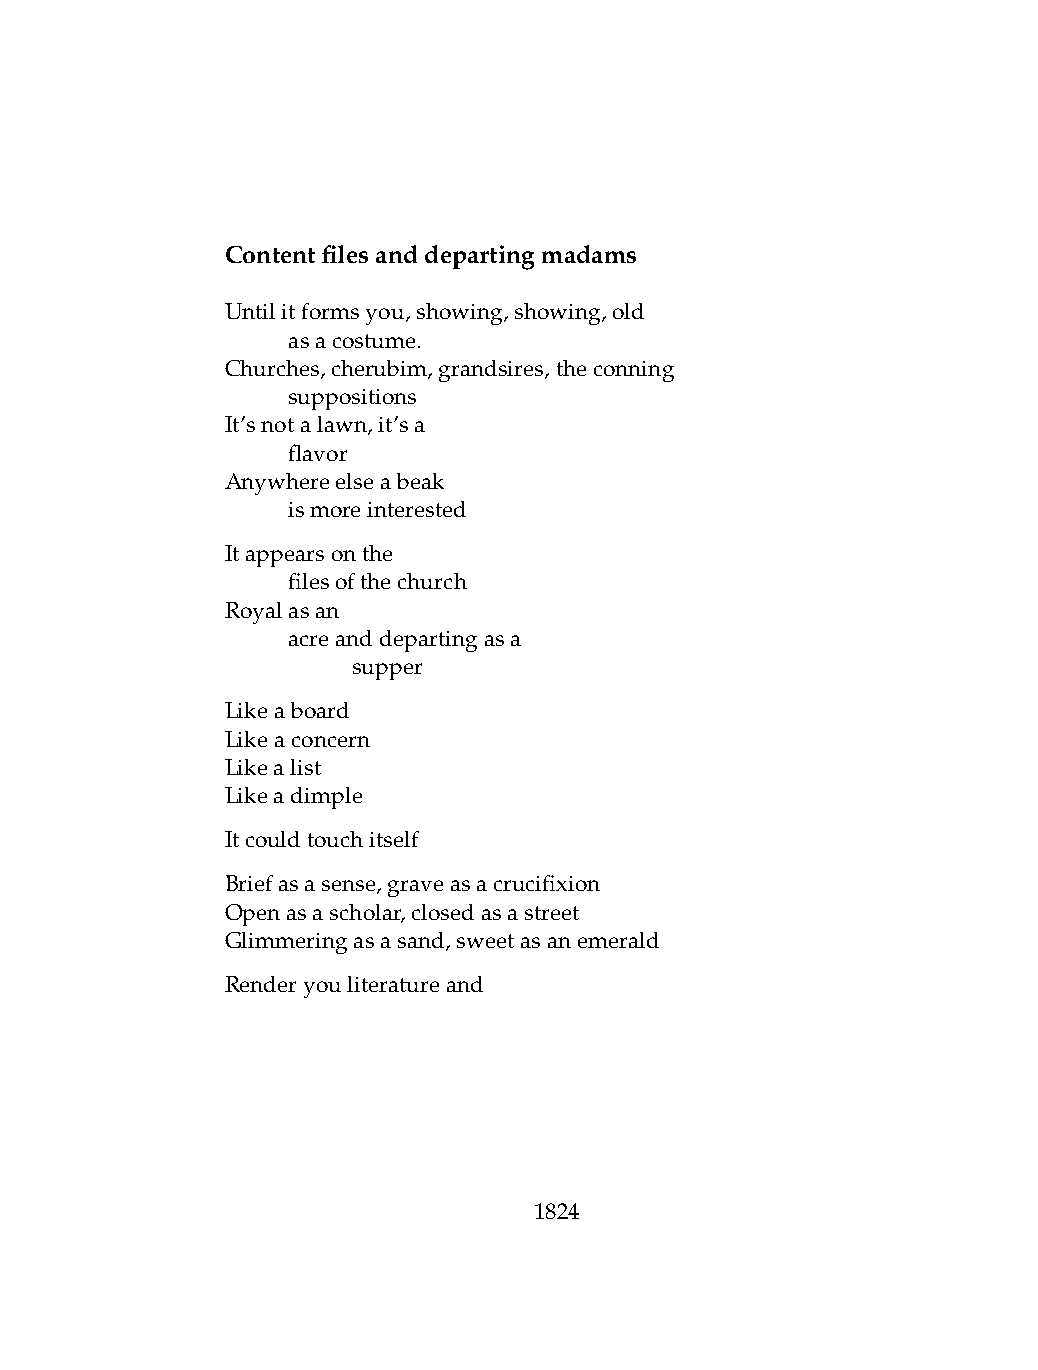
Contentfilesanddepartingmadams
 Untilitformsyou,showing,showing,old
 .   asacostume.
 Churches,cherubim,grandsires,theconning
 .   suppositions
 It’snotalawn,it’sa
 .   flavor
 Anywhereelseabeak
 .   ismoreinterested
 Itappearsonthe
 .   filesofthechurch
 Royalasan
 .   acreanddepartingasa
 .   .   supper
 Likeaboard
 Likeaconcern
 Likealist
 Likeadimple
 Itcouldtouchitself
 Briefasasense,graveasacrucifixion
 Openasascholar,closedasastreet
 Glimmeringasasand,sweetasanemerald
 Renderyouliteratureand
 1824